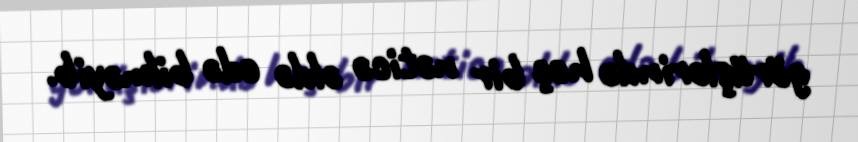
görüşlərində heç bir nəticə əldə edə bilməyib.